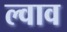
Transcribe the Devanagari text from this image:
ल्वाव